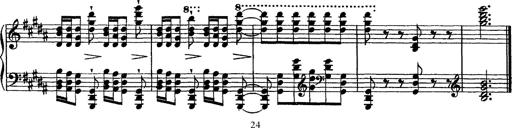
Title: Grandes Ã©tudes de Paganini
Composer: Franz Liszt